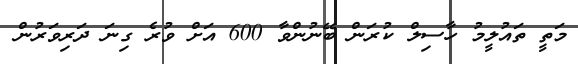
މަތީ ތައުލީމު ހާސިލް ކުރަން ބޭނުންވާ 600 އަށް ވުރެ ގިނަ ދަރިވަރުން